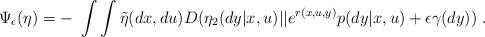
LaTeX: \begin{align*}\Psi_\epsilon(\eta) = - \ \int\int\tilde{\eta}(dx,du)D(\eta_2(dy|x,u)||e^{r(x,u,y)} p(dy|x,u) + \epsilon \gamma(dy))~.\end{align*}